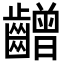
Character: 𪙭